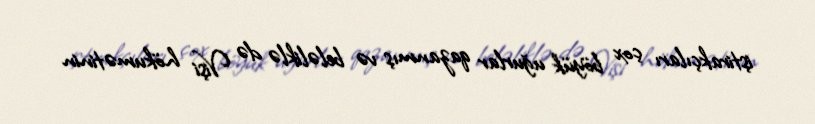
iştirakçıları çox böyük uğurlar qazanmış və beləliklə də Vişi hökumətinin